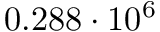
0 . 2 8 8 \cdot 1 0 ^ { 6 }